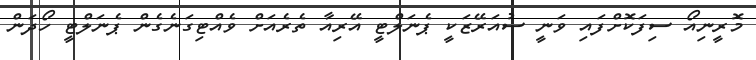
މޮރީނިއޯ ސިފަކޮށްފައި ވަނީ ސުއަރޭޒަކީ ޕެނަލްޓީ އޭރިއާ ތެރެއަށް ވެއްޓިގަނެގެން ޕެނަލްޓީ ހޯދަން